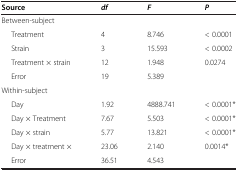
<table><thead><tr><td><b>Source</b></td><td><b><i>df</i></b></td><td><b><i>F</i></b></td><td><b><i>P</i></b></td></tr></thead><tbody><tr><td>Between-subject</td><td> </td><td> </td><td> </td></tr><tr><td>Treatment</td><td>4</td><td>8.746</td><td>&lt; 0.0001</td></tr><tr><td>Strain</td><td>3</td><td>15.593</td><td>&lt; 0.0002</td></tr><tr><td>Treatment × strain</td><td>12</td><td>1.948</td><td>0.0274</td></tr><tr><td>Error</td><td>19</td><td>5.389</td><td> </td></tr><tr><td>Within-subject</td><td> </td><td> </td><td> </td></tr><tr><td>Day</td><td>1.92</td><td>4888.741</td><td>&lt; 0.0001*</td></tr><tr><td>Day × Treatment</td><td>7.67</td><td>5.503</td><td>&lt; 0.0001*</td></tr><tr><td>Day × strain</td><td>5.77</td><td>13.821</td><td>&lt; 0.0001*</td></tr><tr><td>Day × treatment ×</td><td>23.06</td><td>2.140</td><td>0.0014*</td></tr><tr><td>Error</td><td>36.51</td><td>4.543</td><td> </td></tr></tbody></table>